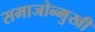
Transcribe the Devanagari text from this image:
समाजोन्मुखी